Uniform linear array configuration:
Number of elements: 4
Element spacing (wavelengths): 1
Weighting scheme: blackman
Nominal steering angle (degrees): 0
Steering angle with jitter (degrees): -1.366
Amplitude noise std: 0.05
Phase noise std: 0.05

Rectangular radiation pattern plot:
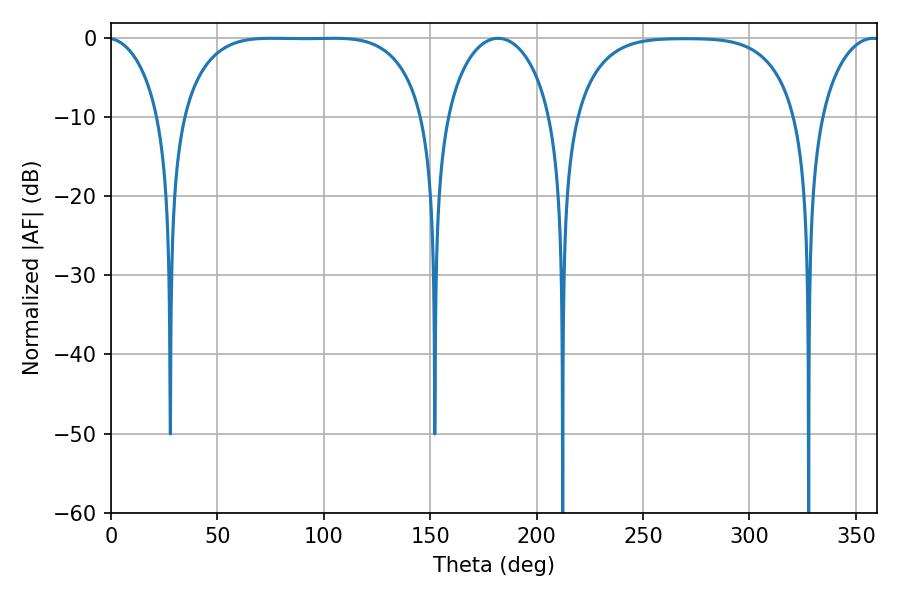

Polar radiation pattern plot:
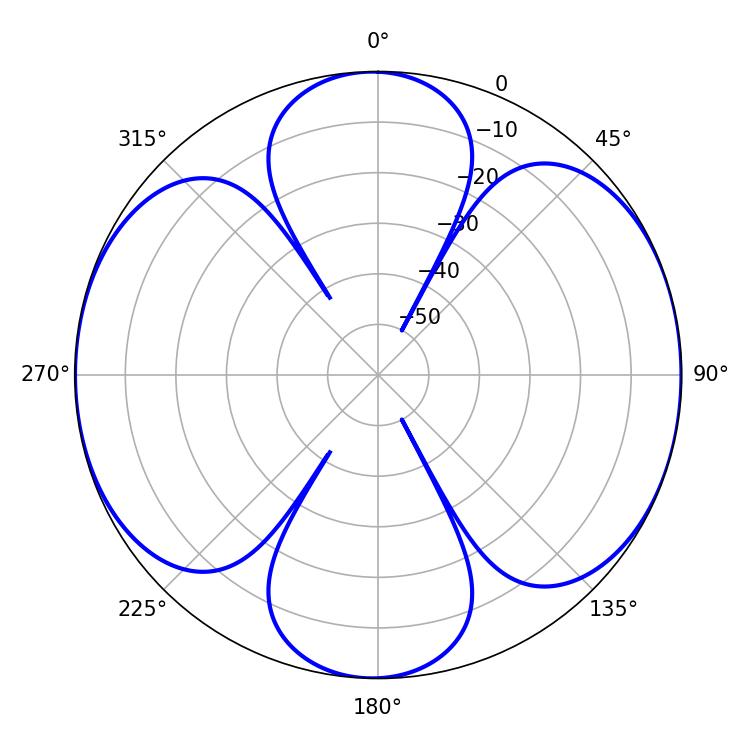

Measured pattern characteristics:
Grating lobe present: TRUE
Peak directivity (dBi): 11.627
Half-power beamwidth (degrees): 88.2
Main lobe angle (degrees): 75.24